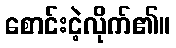
စောင်းငဲ့လိုက်၏။